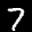
Label: 7